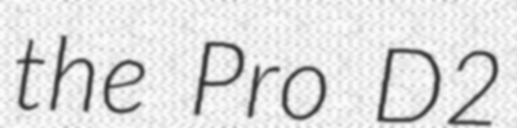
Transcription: the Pro D2